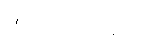
အသင်းဝင်များ